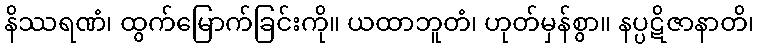
နိဿရဏံ၊ ထွက်မြောက်ခြင်းကို။ ယထာဘူတံ၊ ဟုတ်မှန်စွာ။ နပ္ပဋိဇာနာတိ၊